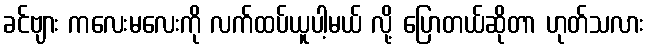
ခင်ဗျား ကလေးမလေးကို လက်ထပ်ယူပါ့မယ် လို့ ပြောတယ်ဆိုတာ ဟုတ်သလား